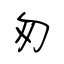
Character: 匆